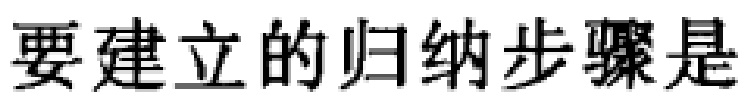
要建立的归纳步骤是